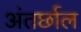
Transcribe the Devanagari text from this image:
अंतर्छाल